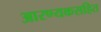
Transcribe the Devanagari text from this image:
आरण्यकसहित